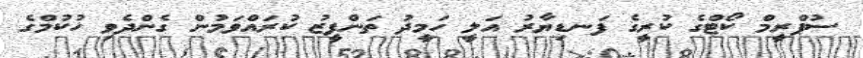
ސުޕްރީމް ކޯޓްގެ ކުރީގެ ފަނޑިޔާރު އަލީ ހަމީދު ތަންފީޒު ކުރައްވަމުން ގެންދެވި ހުކުމްގެ